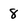
Character: 8